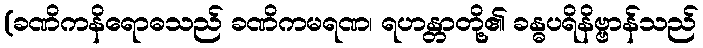
(ခဏိကနိရောဓသည် ခဏိကမရဏ၊ ရဟန္တာတို့၏ ခန္ဓပရိနိဗ္ဗာန်သည်